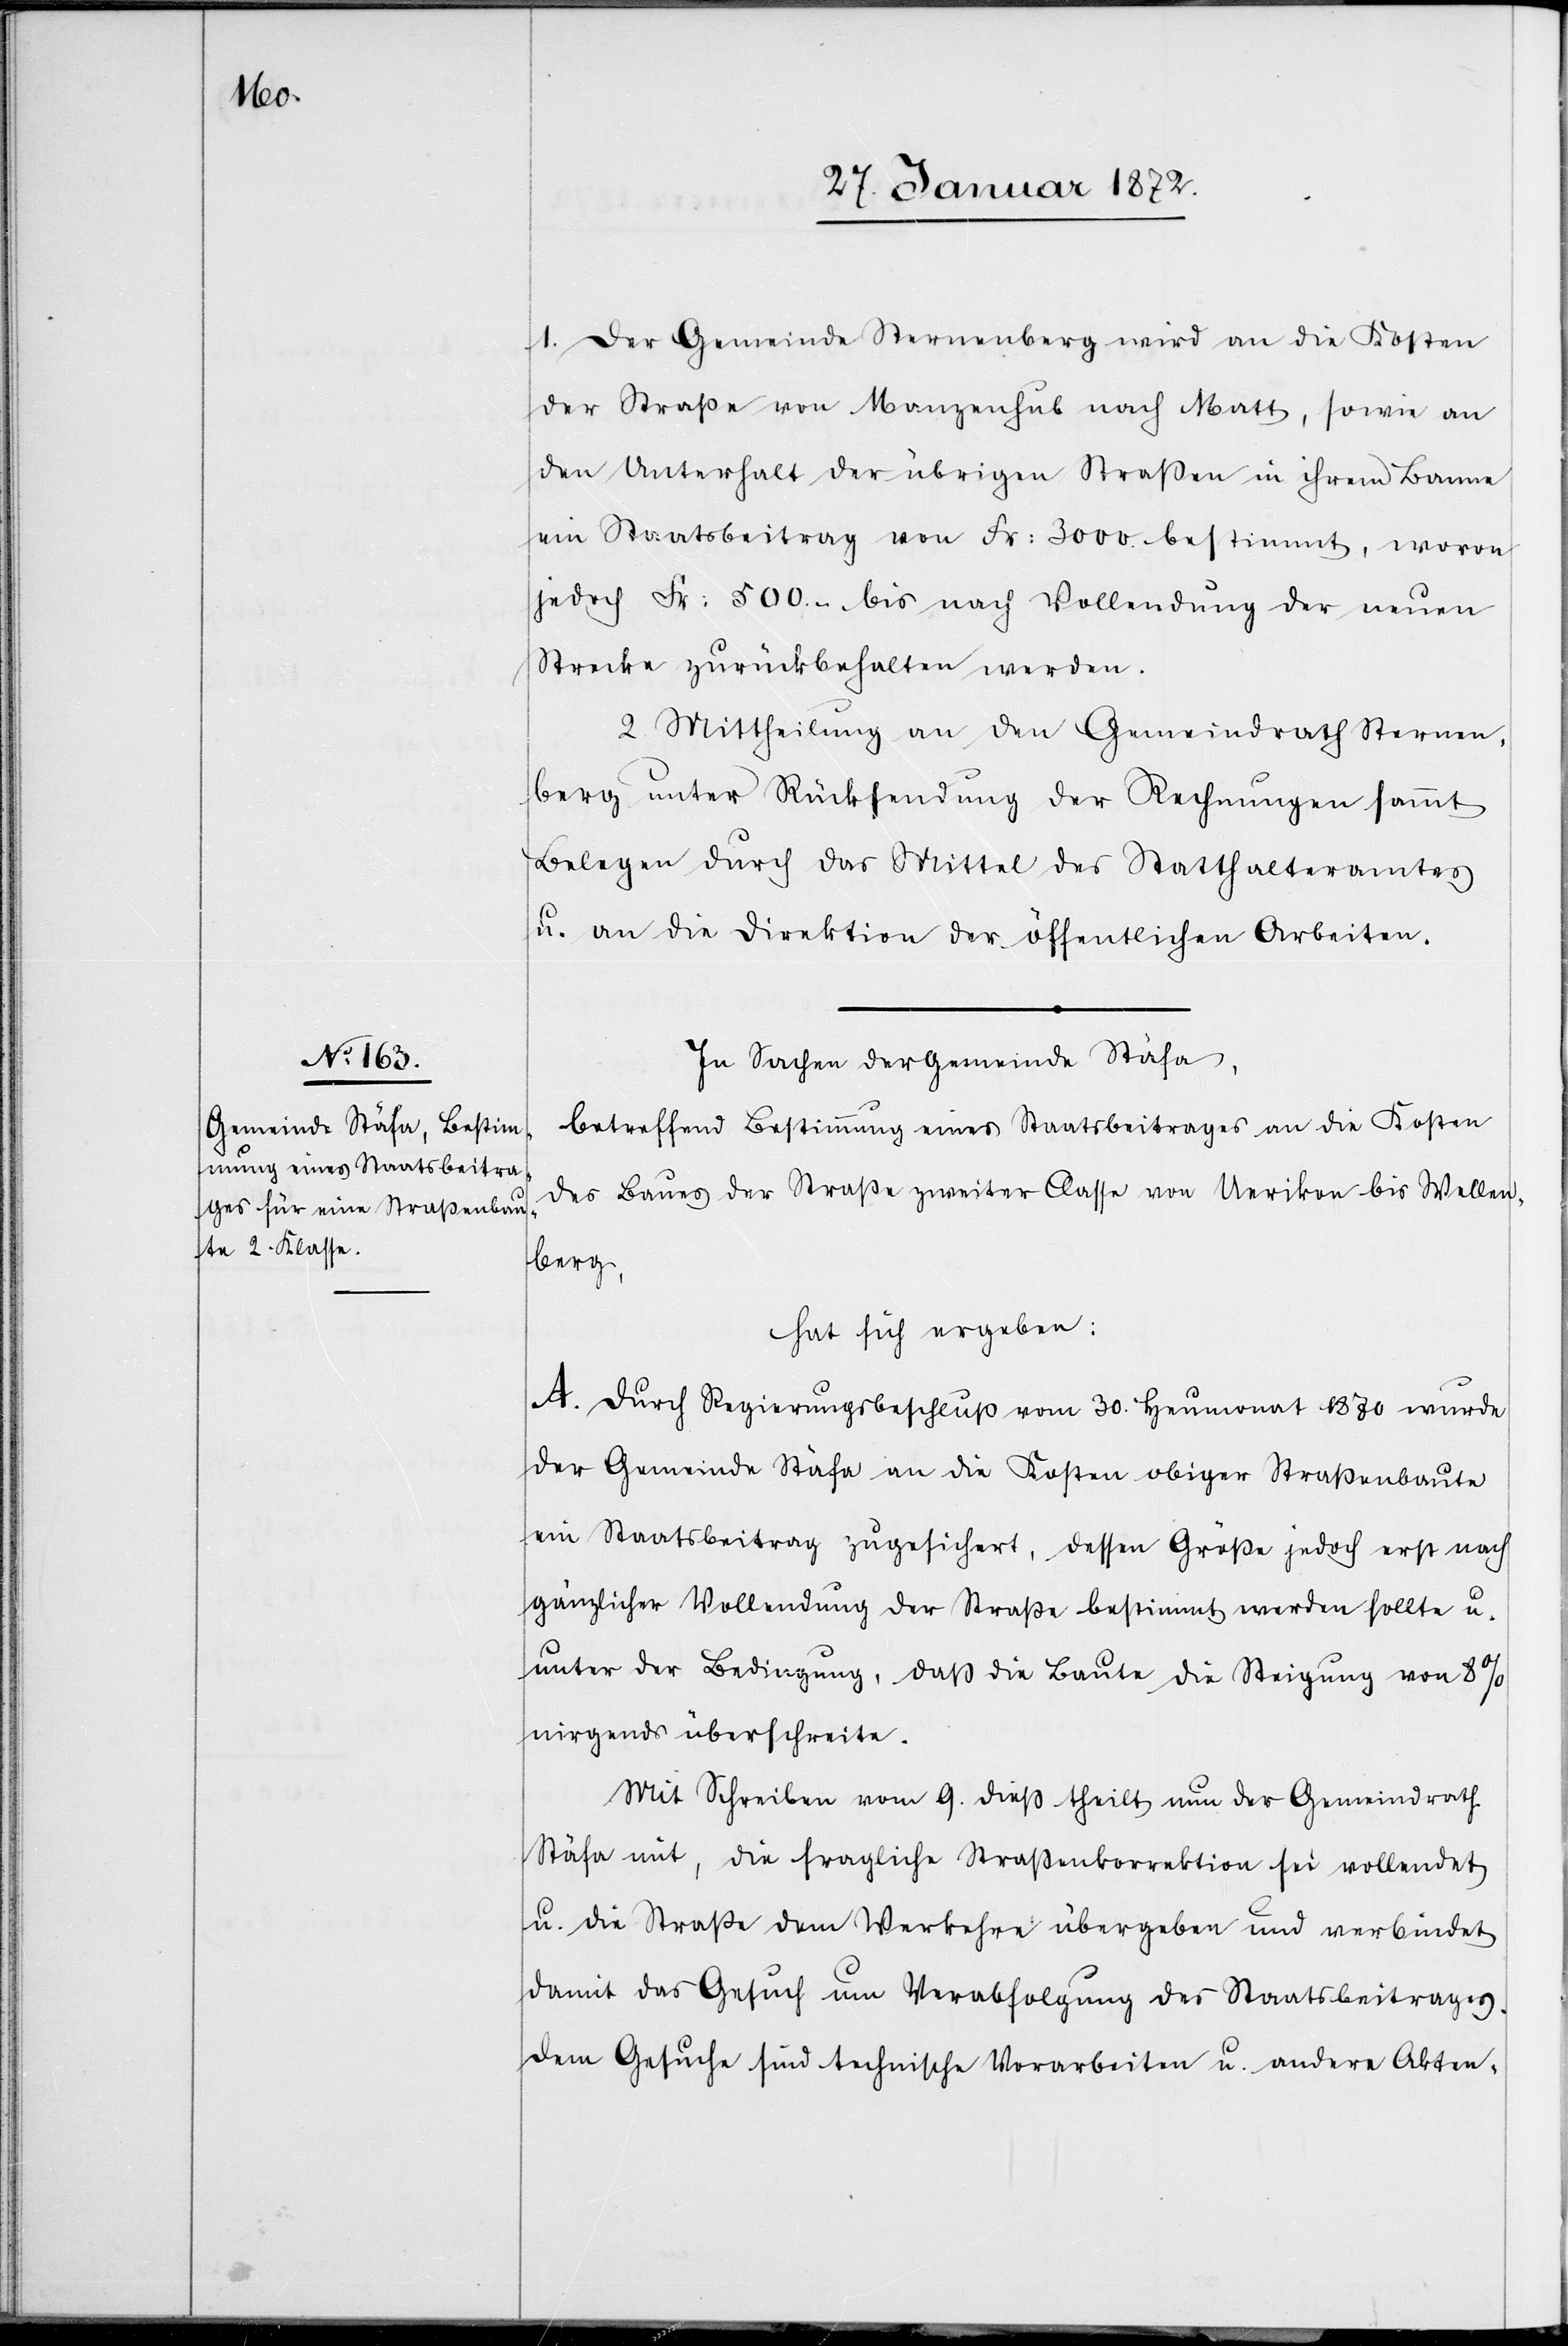
1. Der Gemeinde Sternenberg wird an die Kosten
der Straße von Manzenhub nach Matt, sowie an
den Unterhalt der übrigen Straßen in ihrem Banne
ein Staatsbeitrag von Fr: 3000. bestimmt, wovon
jedoch Fr: 500.– bis nach Vollendung der neuen
Strecke zurückbehalten werden.
2. Mittheilung an den Gemeindrath Sternen¬
berg unter Rücksendung der Rechnungen sammt
Belegen durch das Mittel des Statthalteramtes
u. an die Direktion der öffentlichen Arbeiten.
In Sachen der Gemeinde Stäfa,
betreffend Bestimmung eines Staatsbeitrages an die Kosten
des Baues der Straße zweiter Classe von Uerikon bis Wellen¬
berg,
hat sich ergeben:
A. Durch Regierungsbeschluß vom 30. Heumonat 1870 wurde
der Gemeinde Stäfa an die Kosten obiger Straßenbaute
ein Staatsbeitrag zugesichert, dessen Größe jedoch erst nach
gänzlicher Vollendung der Straße bestimmt werden sollte u.
unter der Bedingung, daß die Baute die Steigung von 8 %
nirgends überschreite.
Mit Schreiben vom 9. dieß theilt nun der Gemeindrath
Stäfa mit, die fragliche Straßenkorrektion sei vollendet
u. die Straße dem Verkehre übergeben und verbindet
damit das Gesuch um Verabfolgung des Staatsbeitrages.
Dem Gesuche sind technische Vorarbeiten u. andere Akten-